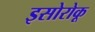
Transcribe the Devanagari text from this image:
इसोरोकू